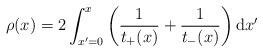
LaTeX: \begin{align*} \rho(x) = 2 \int_{x' = 0}^x \left( \frac{1}{t_{+}(x)} + \frac{1}{t_{-}(x)} \right) \mathrm{d} x' \end{align*}